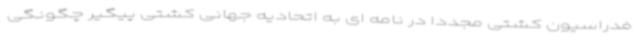
فدراسیون کشتی مجددا در نامه ای به اتحادیه جهانی کشتی پیگیر چگونگی